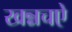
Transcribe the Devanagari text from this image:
खन्नचऐ